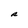
Character: R